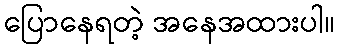
ပြောနေရတဲ့ အနေအထားပါ။